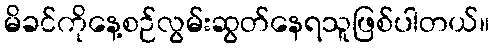
မိခင်ကိုနေ့စဉ်လွမ်းဆွတ်နေရသူဖြစ်ပါတယ်။